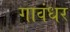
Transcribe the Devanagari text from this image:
गावंधर